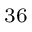
^ { 3 6 }